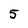
Character: 5